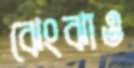
ঝেংঝাও